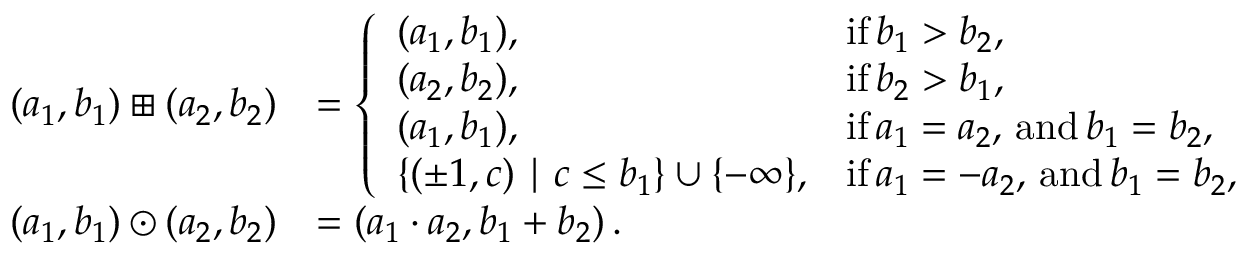
\begin{array} { r l } { ( a _ { 1 } , b _ { 1 } ) \boxplus ( a _ { 2 } , b _ { 2 } ) } & { = \left\{ \begin{array} { l l } { ( a _ { 1 } , b _ { 1 } ) , } & { \mathrm { i f } \, b _ { 1 } > b _ { 2 } , } \\ { ( a _ { 2 } , b _ { 2 } ) , } & { \mathrm { i f } \, b _ { 2 } > b _ { 1 } , } \\ { ( a _ { 1 } , b _ { 1 } ) , } & { \mathrm { i f } \, a _ { 1 } = a _ { 2 } , \, \mathrm { a n d } \, b _ { 1 } = b _ { 2 } , } \\ { \{ ( \pm 1 , c ) \mid c \leq b _ { 1 } \} \cup \{ - \infty \} , } & { \mathrm { i f } \, a _ { 1 } = - a _ { 2 } , \, \mathrm { a n d } \, b _ { 1 } = b _ { 2 } , } \end{array} \right. } \\ { ( a _ { 1 } , b _ { 1 } ) \odot ( a _ { 2 } , b _ { 2 } ) } & { = ( a _ { 1 } \cdot a _ { 2 } , b _ { 1 } + b _ { 2 } ) \, . } \end{array}